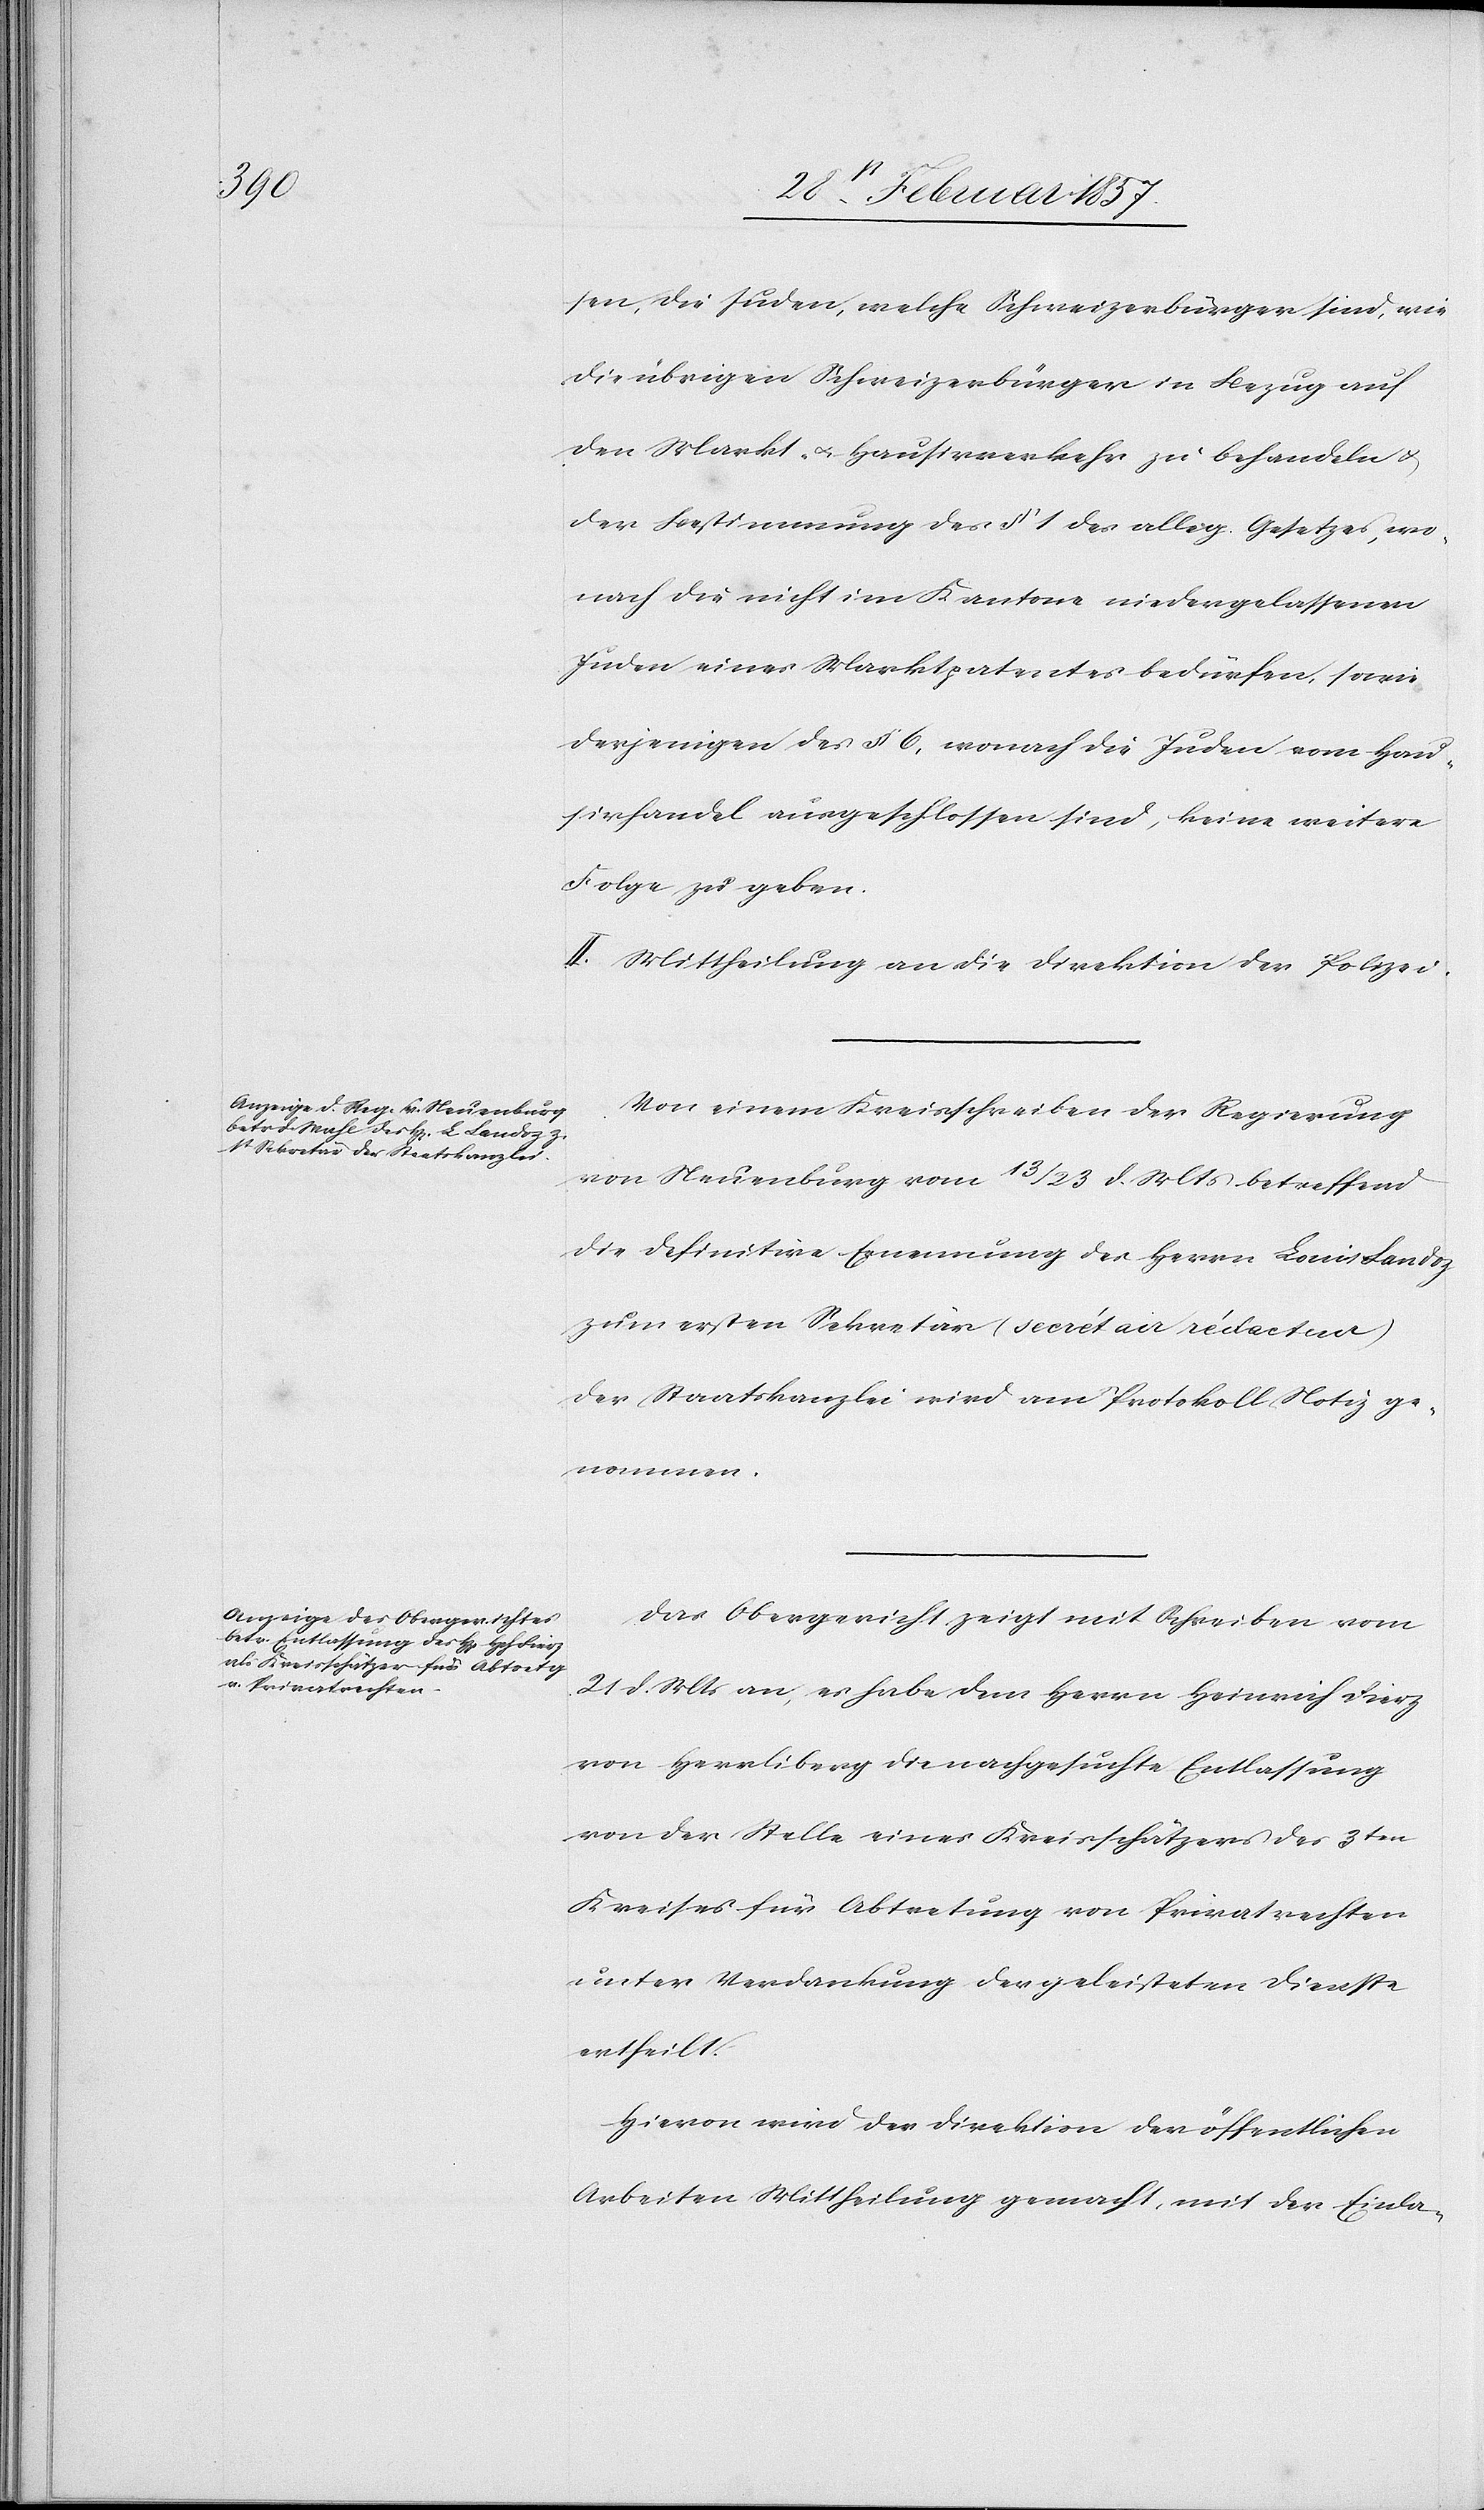
sen, die Juden, welche Schweizerbürger sind, wie
die übrigen Schweizerbürger in Bezug auf
den Markt- u. Hausirverkehr zu behandeln u.
der Bestimmung des § 1 des allig. Gesetzes, wo¬
nach die nicht im Kantone niedergelassenen
Juden eines Marktpatentes bedürfen, sowie
derjenigen des § 6, wonach die Juden vom Hau¬
sirhandel ausgeschlossen sind, keine weitere
Folge zu geben.
II. Mittheilung an die Direktion der Polizei.
Von einem Kreisschreiben der Regierung
von Neuenburg vom 13/23 d. Mts betreffend
die definitive Ernennung des Herrn Louis Landoz
zum ersten Sekretär (Secrétair rédacteur)
der Staatskanzlei wird am Protokoll Notiz ge¬
nommen.
Das Obergericht zeigt mit Schreiben vom
21 d. Mts an, es habe dem Herrn Heinrich Fierz
von Herrliberg die nachgesuchte Entlassung
von der Stelle eines Kreisschätzers des 3ten
Kreises für Abtretung von Privatrechten
unter Verdankung der geleisteten Dienste
ertheilt.
Hievon wird der Direktion der öffentlichen
Arbeiten Mittheilung gemacht, mit der Einla-